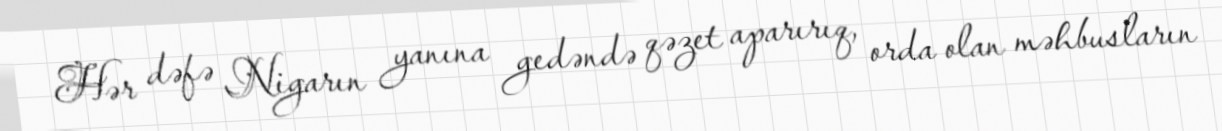
Hər dəfə Nigarın yanına gedəndə qəzet aparırıq, orda olan məhbusların